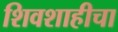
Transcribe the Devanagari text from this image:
शिवशाहीचा